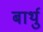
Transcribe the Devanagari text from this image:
बार्थु